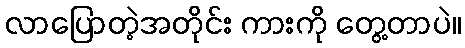
လာပြောတဲ့အတိုင်း ကားကို တွေ့တာပဲ။